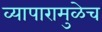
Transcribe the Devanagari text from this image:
व्यापारामुळेच